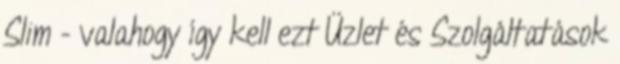
Slim - valahogy így kell ezt Üzlet és Szolgáltatások